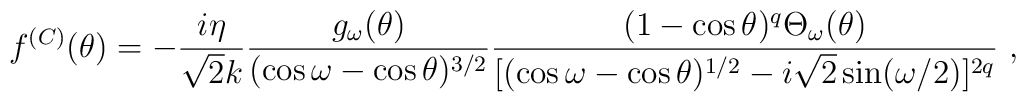
f^{(C)}(\theta)= -\frac{i\eta}{\sqrt2 k}\frac{g_\omega(\theta)}{(\cos\omega- \cos\theta)^{3/2}}\frac{(1-\cos\theta)^q\Theta_\omega(\theta)}{[(\cos\omega-\cos\theta)^{1/2}-i\sqrt2\sin(\omega/2)]^{2q}} \ ,